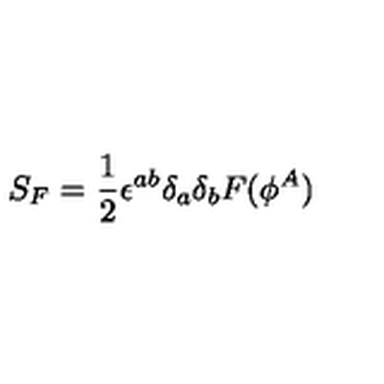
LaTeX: S _ { F } = { \frac { 1 } { 2 } } \epsilon ^ { a b } \delta _ { a } \delta _ { b } F ( \phi ^ { A } )